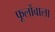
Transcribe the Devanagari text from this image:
फूलोंवाला